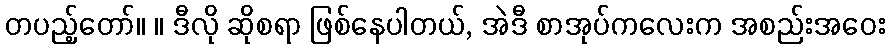
တပည့်တော်။ ။ ဒီလို ဆိုစရာ ဖြစ်နေပါတယ်, အဲဒီ စာအုပ်ကလေးက အစည်းအဝေး